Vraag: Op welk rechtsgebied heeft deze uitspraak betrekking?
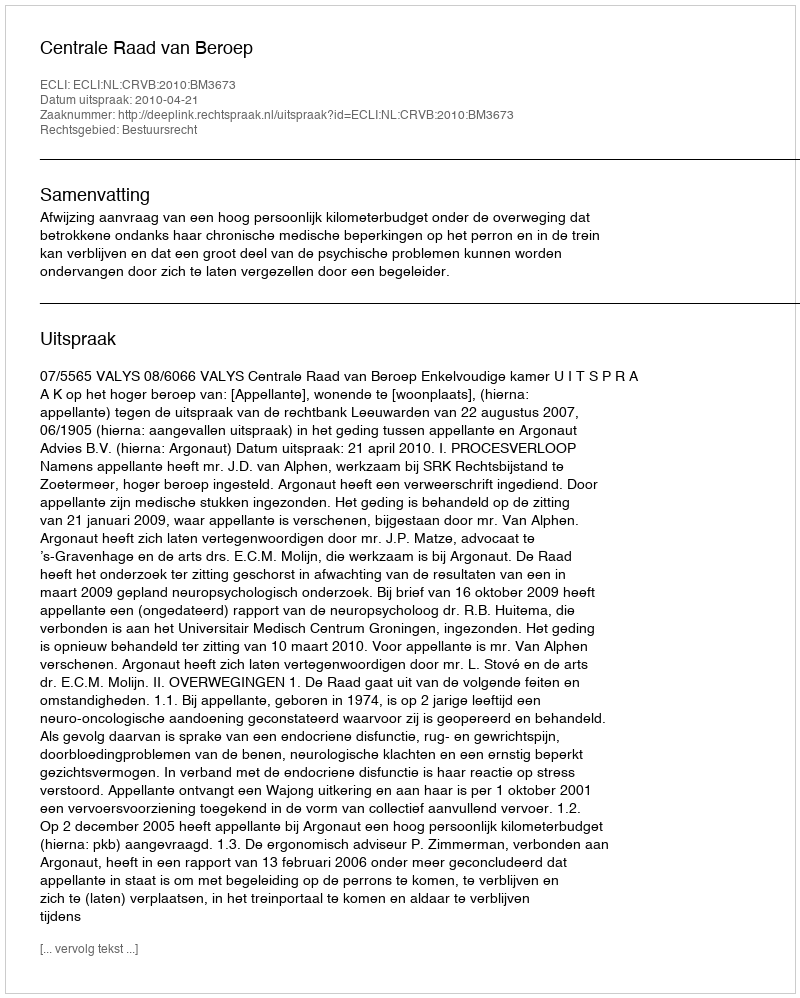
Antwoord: Bestuursrecht